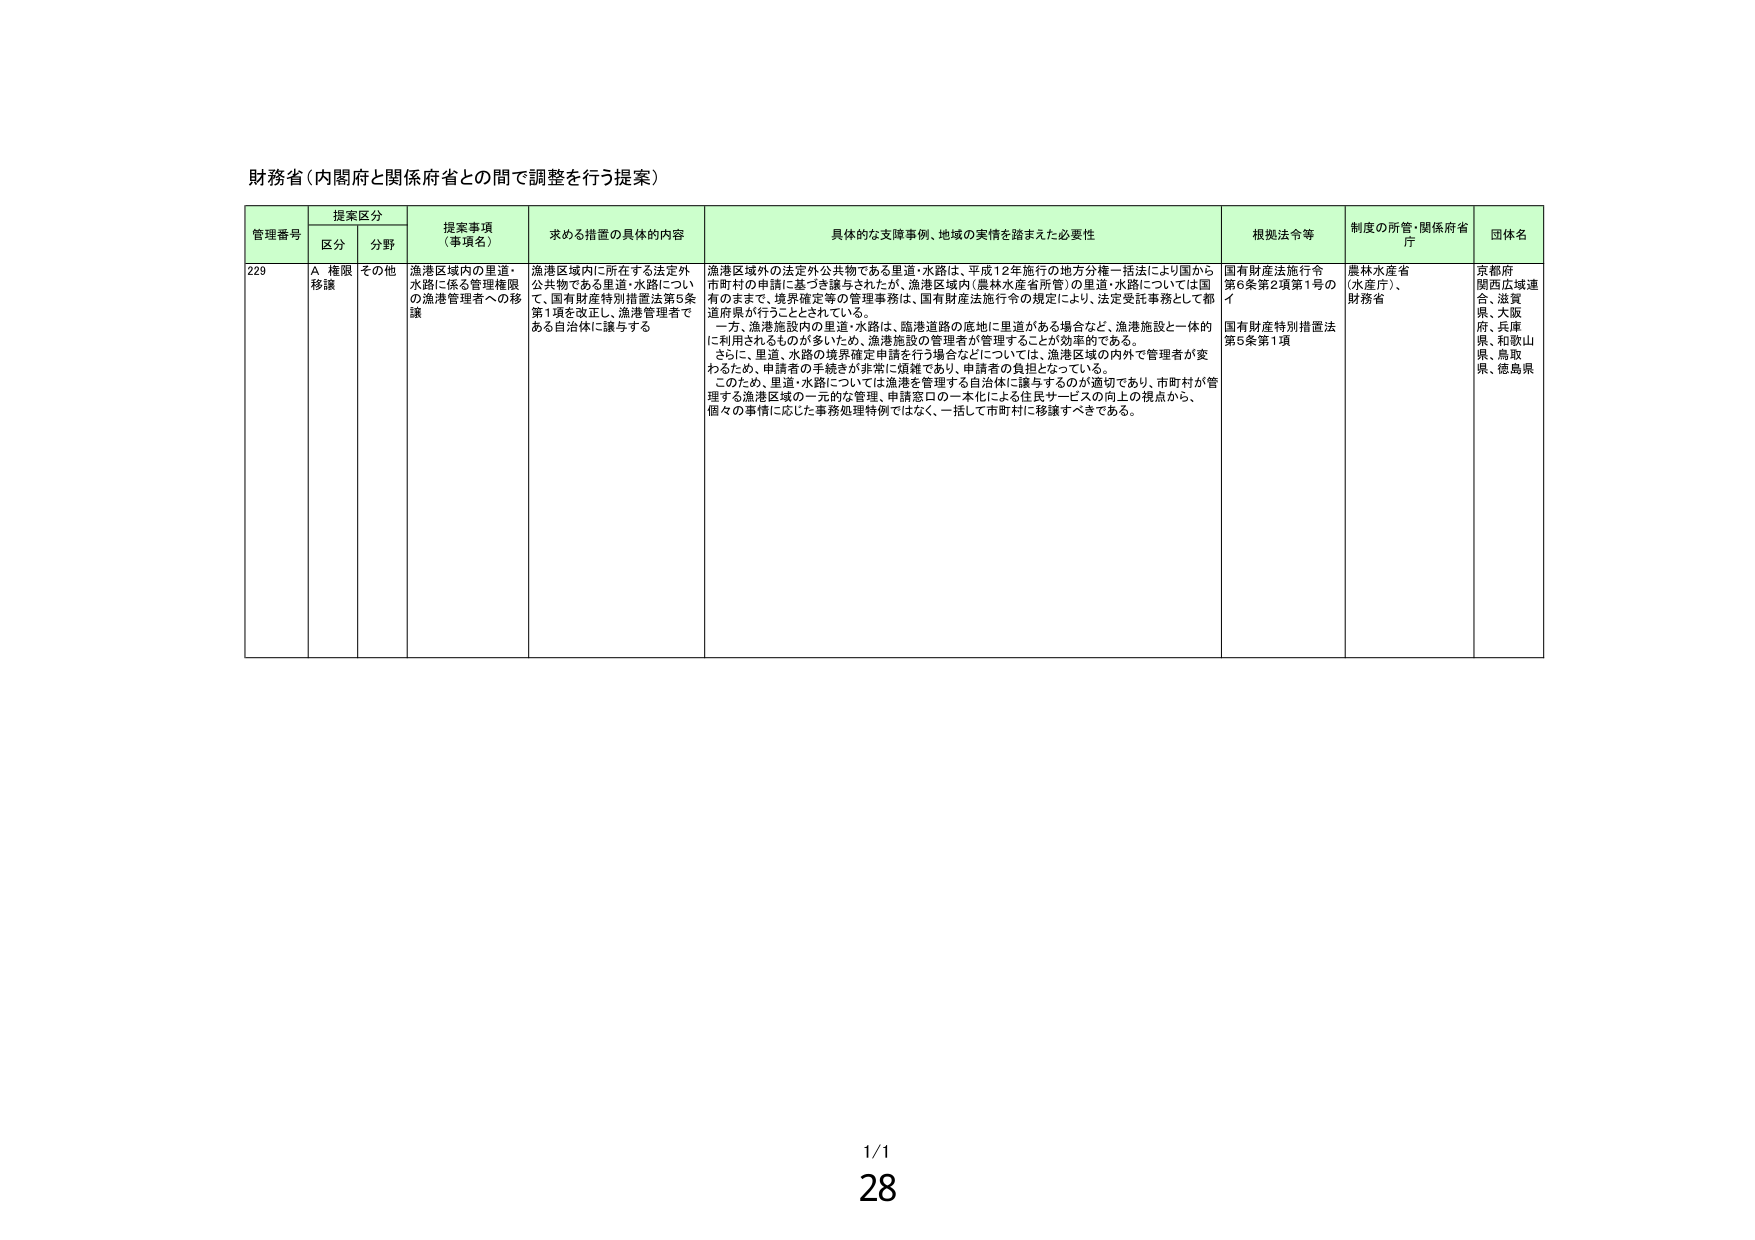
財務省（内閣府と関係府省との間で調整を行う提案）

管理番号　提案区分　提案事項（事項名）　求める措置の具体的内容　具体的な支障事例、地域の実情を踏まえた必要性　根拠法令等　制度の所管・関係府省庁　団体名
　　　　　区分　分野

229　A 権限移譲　その他　漁港区域内の里道・水路に係る管理権限の漁港管理者への移譲　漁港区域内に所在する法定外公共物である里道・水路について、国有財産特別措置法第5条第1項を改正し、漁港管理者である自治体に譲与する　漁港区域外の法定外公共物である里道・水路は、平成12年施行の地方分権一括法により国から市町村の申請に基づき譲与されたが、漁港区域内（農林水産省所管）の里道・水路については国有のままで、境界確定等の管理事務は、国有財産法施行令の規定により、法定受託事務として都道府県が行うこととされている。

一方、漁港施設内の里道・水路は、臨港道路の底地に里道がある場合など、漁港施設と一体的に利用されるものが多いいため、漁港施設の管理者が管理することが効率的である。

さらに、里道・水路の境界確定申請を行う場合などについては、漁港区域の内外で管理者が変わるため、申請者の手続きが非常に煩雑であり、申請者の負担となっている。

このため、里道・水路については漁港を管理する自治体に譲与するのが適切であり、市町村が管理する漁港区域の一元的な管理、申請窓口の一本化による住民サービスの向上の視点から、個々の事情に応じた事務処理特例ではなく、一括して市町村に移譲すべきである。

国有財産法施行令第6条第2項第1号のイ
国有財産特別措置法第5条第1項
農林水産省（水産庁）、財務省
京都府
関西広域連合、滋賀県、大阪府、兵庫県、和歌山県、鳥取県、徳島県

1/1
28